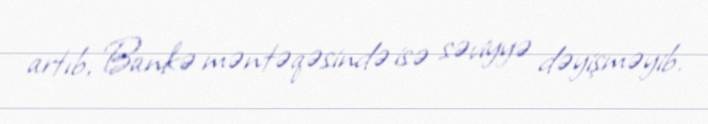
artıb, Bankə məntəqəsində isə səviyyə dəyişməyib.